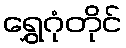
ရွှေဂုံတိုင်